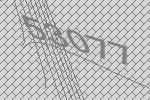
53077